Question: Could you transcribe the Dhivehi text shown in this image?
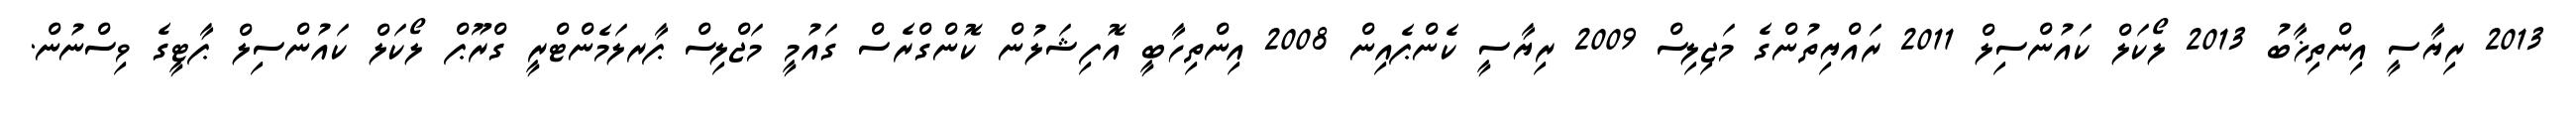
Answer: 2013 ރިޔާސީ އިންތިޚާބު 2013 ލޯކަލް ކައުންސިލް 2011 ރައްޔިތުންގެ މަޖިލިސް 2009 ރިޔާސީ ކެންޕެއިން 2008 އިންތިހާބީ އޮފިޝަލުން ކޮންގްރެސް ގައުމީ މަޖްލިސް ޕާރލަމެންޓްރީ ގްރޫޕް ލޯކަލް ކައުންސިލް ޕާޓީގެ ވިސްނުން.